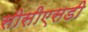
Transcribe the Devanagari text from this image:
सीसीएसडी